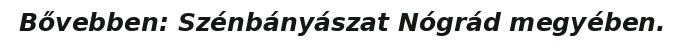
Bővebben: Szénbányászat Nógrád megyében.